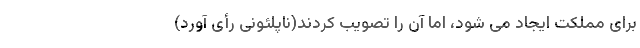
برای مملکت ایجاد می شود، اما آن را تصویب کردند(ناپلئونی رأی آورد)